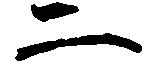
二